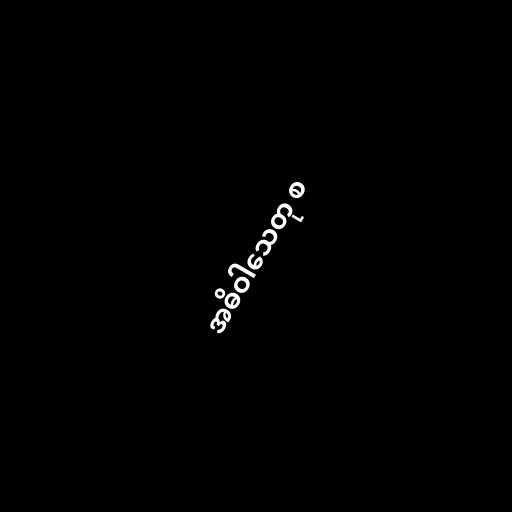
အဓိဝါသေတု စ